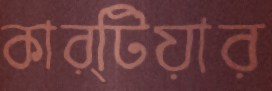
কার্টিয়ার